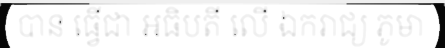
បាន ធ្វើជា អធិបតី លើ ឯករាជ្យ ភូមា